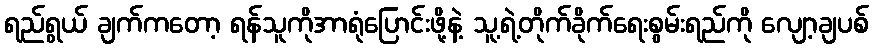
ရည်ရွယ် ချက်ကတော့ ရန်သူကိုအာရုံပြောင်းဖို့နဲ့ သူ့ရဲ့တိုက်ခိုက်ရေးစွမ်းရည်ကို လျော့ချပစ်